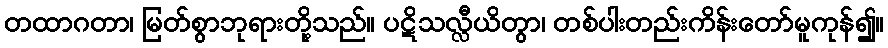
တထာဂတာ၊ မြတ်စွာဘုရားတို့သည်။ ပဋိသလ္လီယိတွာ၊ တစ်ပါးတည်းကိန်းတော်မူကုန်၍။